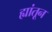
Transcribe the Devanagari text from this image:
ह्यांतून